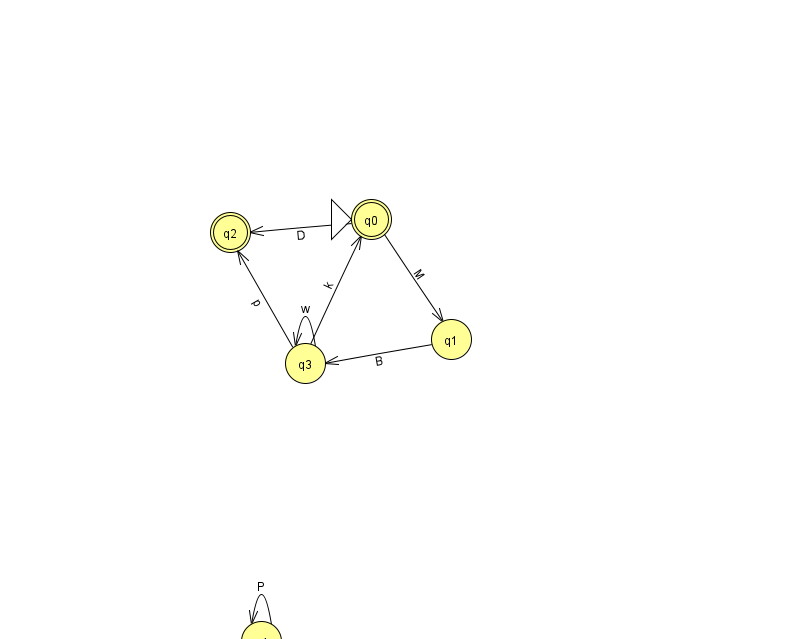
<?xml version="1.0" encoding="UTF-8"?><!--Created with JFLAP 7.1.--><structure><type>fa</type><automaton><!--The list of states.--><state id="0" name="q0"><x>371.0</x><y>206.0</y><initial/><final/></state><state id="1" name="q1"><x>451.0</x><y>326.0</y></state><state id="2" name="q2"><x>230.0</x><y>219.0</y><final/></state><state id="3" name="q3"><x>305.0</x><y>350.0</y></state><state id="4" name="q4"><x>261.0</x><y>628.0</y></state><state id="5" name="q5"><x>885.0</x><y>50.0</y></state><!--The list of transitions.--><transition><from>4</from><to>4</to><read>P</read></transition><transition><from>5</from><to>5</to><read>q</read></transition><transition><from>3</from><to>2</to><read>p</read></transition><transition><from>3</from><to>0</to><read>k</read></transition><transition><from>3</from><to>3</to><read>w</read></transition><transition><from>0</from><to>2</to><read>D</read></transition><transition><from>0</from><to>1</to><read>M</read></transition><transition><from>1</from><to>3</to><read>B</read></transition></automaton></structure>